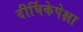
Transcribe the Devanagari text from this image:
दीर्घिकेपेक्षा